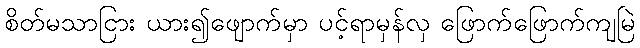
စိတ်မသာငြား ယား၍ဖျောက်မှာ ပင့်ရာမှန်လှ ဖြောက်ဖြောက်ကျမြဲ